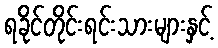
ရခိုင်တိုင်းရင်းသားများနှင့်